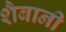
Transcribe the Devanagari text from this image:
शैबानी